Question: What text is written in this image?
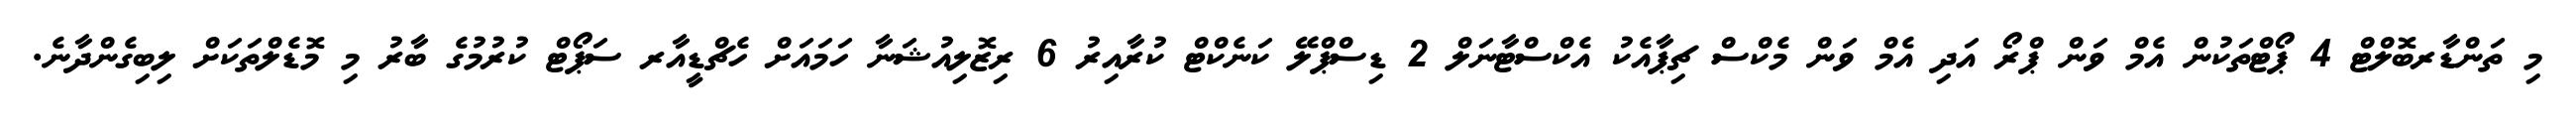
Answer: މި ތަންޑާރބޮލްޓް 4 ޕޯޓްތަކުން އެމް ވަން ޕްރޯ އަދި އެމް ވަން މެކްސް ޗިޕާއެކު އެކްސްޓާނަލް 2 ޑިސްޕްލޭ ކަނެކްޓް ކުރާއިރު 6 ރިޒޮލިއުޝަނާ ހަމައަށް ހެޗްޑީއާރ ސަޕޯޓް ކުރުމުގެ ބާރު މި މޮޑެލްތަކަށް ލިބިގެންދާނެ.